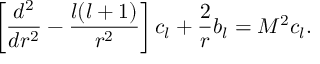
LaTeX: \left[ { \frac { d ^ { 2 } } { d r ^ { 2 } } } - { \frac { l ( l + 1 ) } { r ^ { 2 } } } \right] c _ { l } + { \frac { 2 } { r } } b _ { l } = M ^ { 2 } c _ { l } .